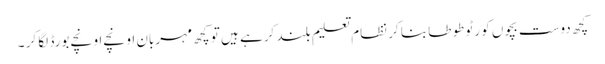
کچھ دوست بچوں کو رٹو طوطا بنا کر نظام تعلیم بلند کرہے ہیں تو کچھ مہربان اونچے اونچے بورڈ لگا کر ۔